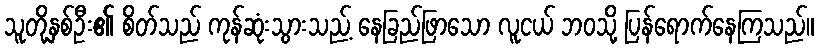
သူတို့နှစ်ဦး၏ စိတ်သည် ကုန်ဆုံးသွားသည့် နေခြည်ဖြာသော လူငယ် ဘဝသို့ ပြန်ရောက်နေကြသည်။